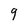
Character: 9